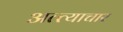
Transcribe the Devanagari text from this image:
अत्त्याचार